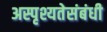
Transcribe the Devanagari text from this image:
अस्पृश्यतेसंबंधी